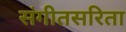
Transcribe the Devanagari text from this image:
संगीतसरिता